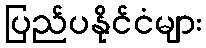
ပြည်ပနိုင်ငံများ